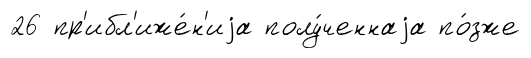
26 пр'ибл'иже́н'иjа полу́ченнаjа по́зже